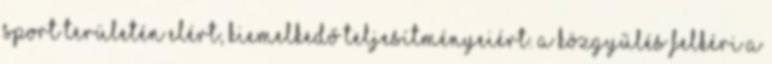
sport területén elért, kiemelkedő teljesítményeiért. A közgyűlés felkéri a